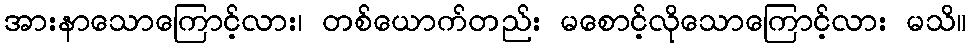
အားနာသောကြောင့်လား၊ တစ်ယောက်တည်း မစောင့်လိုသောကြောင့်လား မသိ။